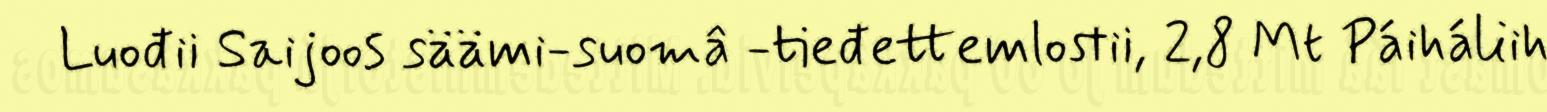
Luođii Saijoos säämi-suomâ -tieđettemlostii, 2,8 Mt Páiháliih